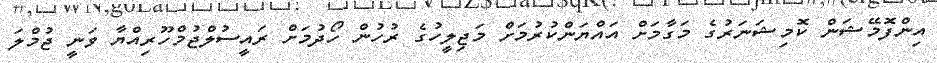
އިންފޮމޭޝަން ކޮމިޝަނަރުގެ މަގާމަށް އައްޔަންކުރުމަށް މަޖިލީހުގެ ރުހުން ހޯދުމަށް ރައީސުލްޖުމްހޫރިއްޔާ ވަނީ ޖުމްލަ